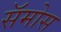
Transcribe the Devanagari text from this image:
सॅमोस